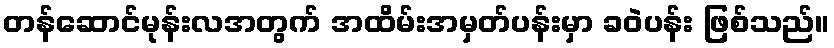
တန်ဆောင်မုန်းလအတွက် အထိမ်းအမှတ်ပန်းမှာ ခဝဲပန်း ဖြစ်သည်။